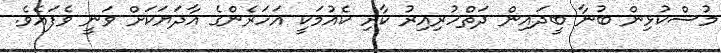
މުސްކުޅިން ބުނާ ބީދައިން ދަތްހުރިއިރު ކާށި ކެއުމަކީ އަހަރެންގެ އާދަޔަކަށް ވަނީ ވެފައެވެ.